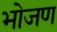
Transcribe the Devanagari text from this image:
भोजण